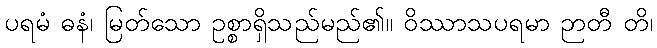
ပရမံ ဓနံ၊ မြတ်သော ဥစ္စာရှိသည်မည်၏။ ဝိဿာသပရမာ ဉာတီ တိ၊